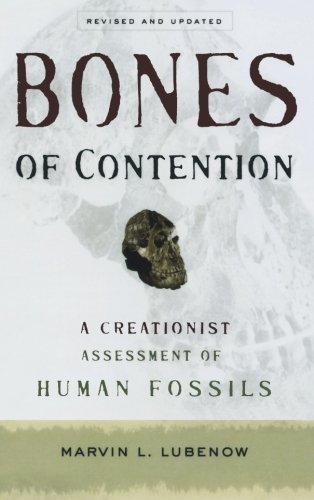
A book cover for Bones of Contention: A Creationist Assessment of Human Fossils; Marvin L. Lubenow; Science & Math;